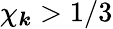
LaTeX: \chi_{\boldsymbol{k}}>1/3